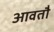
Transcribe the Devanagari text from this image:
आवतौ